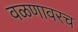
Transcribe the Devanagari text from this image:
वळणावरच